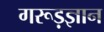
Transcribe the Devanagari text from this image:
गरूड़ज्ञान